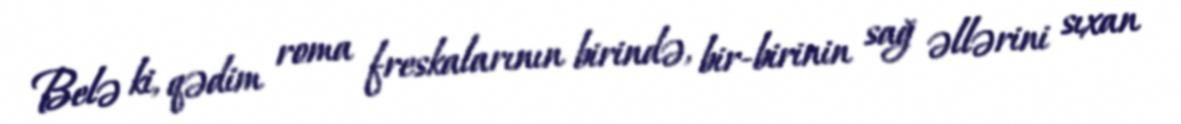
Belə ki, qədim roma freskalarının birində, bir-birinin sağ əllərini sıxan